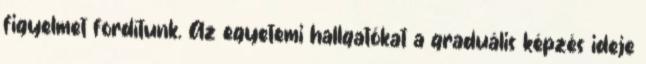
figyelmet fordítunk. Az egyetemi hallgatókat a graduális képzés ideje